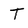
Character: T